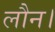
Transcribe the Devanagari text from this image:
लौन।